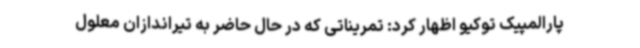
پارالمپیک توکیو اظهار کرد: تمریناتی که در حال حاضر به تیراندازان معلول